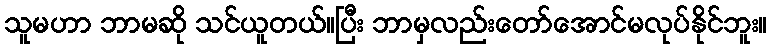
သူမဟာ ဘာမဆို သင်ယူတယ်။ပြီး ဘာမှလည်းတော်အောင်မလုပ်နိုင်ဘူး။